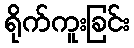
ရိုက်ကူးခြင်း